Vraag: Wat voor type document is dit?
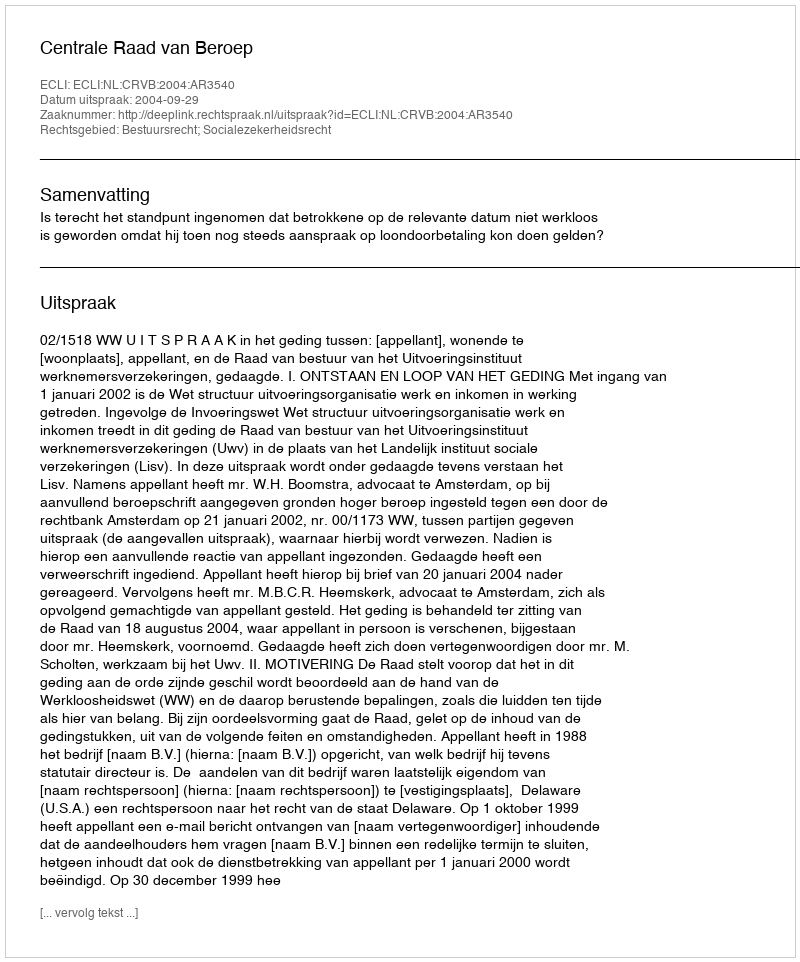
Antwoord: Uitspraak